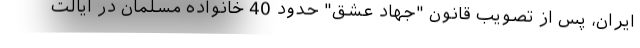
ایران، پس از تصویب قانون "جهاد عشق" حدود 40 خانواده مسلمان در ایالت